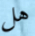
هل